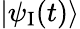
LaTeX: |\psi_{\mathrm{I}}(t)\rangle